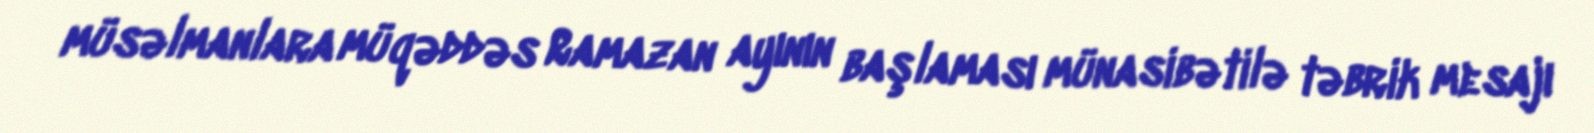
müsəlmanlara müqəddəs Ramazan ayının başlaması münasibətilə təbrik mesajı